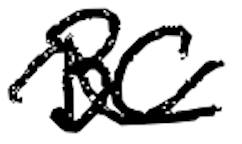
Text: BC
Cross-out: wave
Writing tool: digital_black